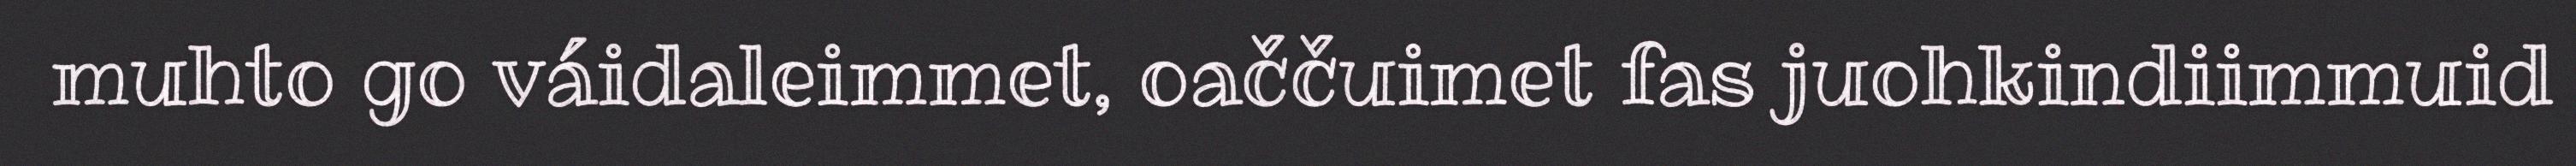
muhto go váidaleimmet, oaččuimet fas juohkindiimmuid